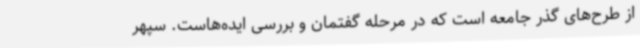
از طرح‌های گذر جامعه است که در مرحله گفتمان و بررسی ایده‌هاست. سپهر